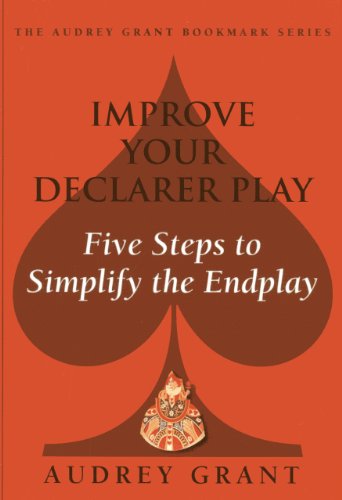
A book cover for Improve Your Declarer Play: Five Steps to Simplify the End Play (Audrey Grant Bookmarks); Baron Barclay; Humor & Entertainment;